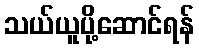
သယ်ယူပို့ဆောင်ရန်